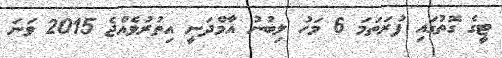
ޓީގެ ގޮތުގައި ފުރަތަމަ 6 މަހު ލިބުނު އާމްދަނީ އިތުރުވެއްޖެ 2015 ވަނަ